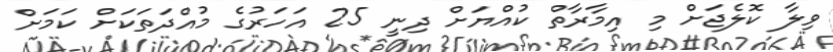
ވިލާ ކޮލެޖަށް މި އިމާރާތް ކުއްޔަށް ދިނީ 25 އަހަރުގެ މުއްދަތަކަށް ކަމަށް